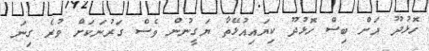
ހޮޅުދޫ އަށް ބިސް ހޮޅުދޫ ކިޔައިއުޅޭތާ ޔަގީނުން ވެސް ގަރުނަކަށް ވުރެ ގިނަ